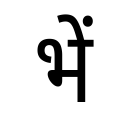
OCR:
भें